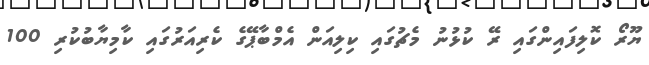
ޔޫރޯ ކޮލިފައިންގައި ރޭ ކުޅުނު މެޗުގައި ކިލިއަން އެމްބާޕޭގެ ކެރިއަރުގައި ކާމިޔާބުކުރި 100